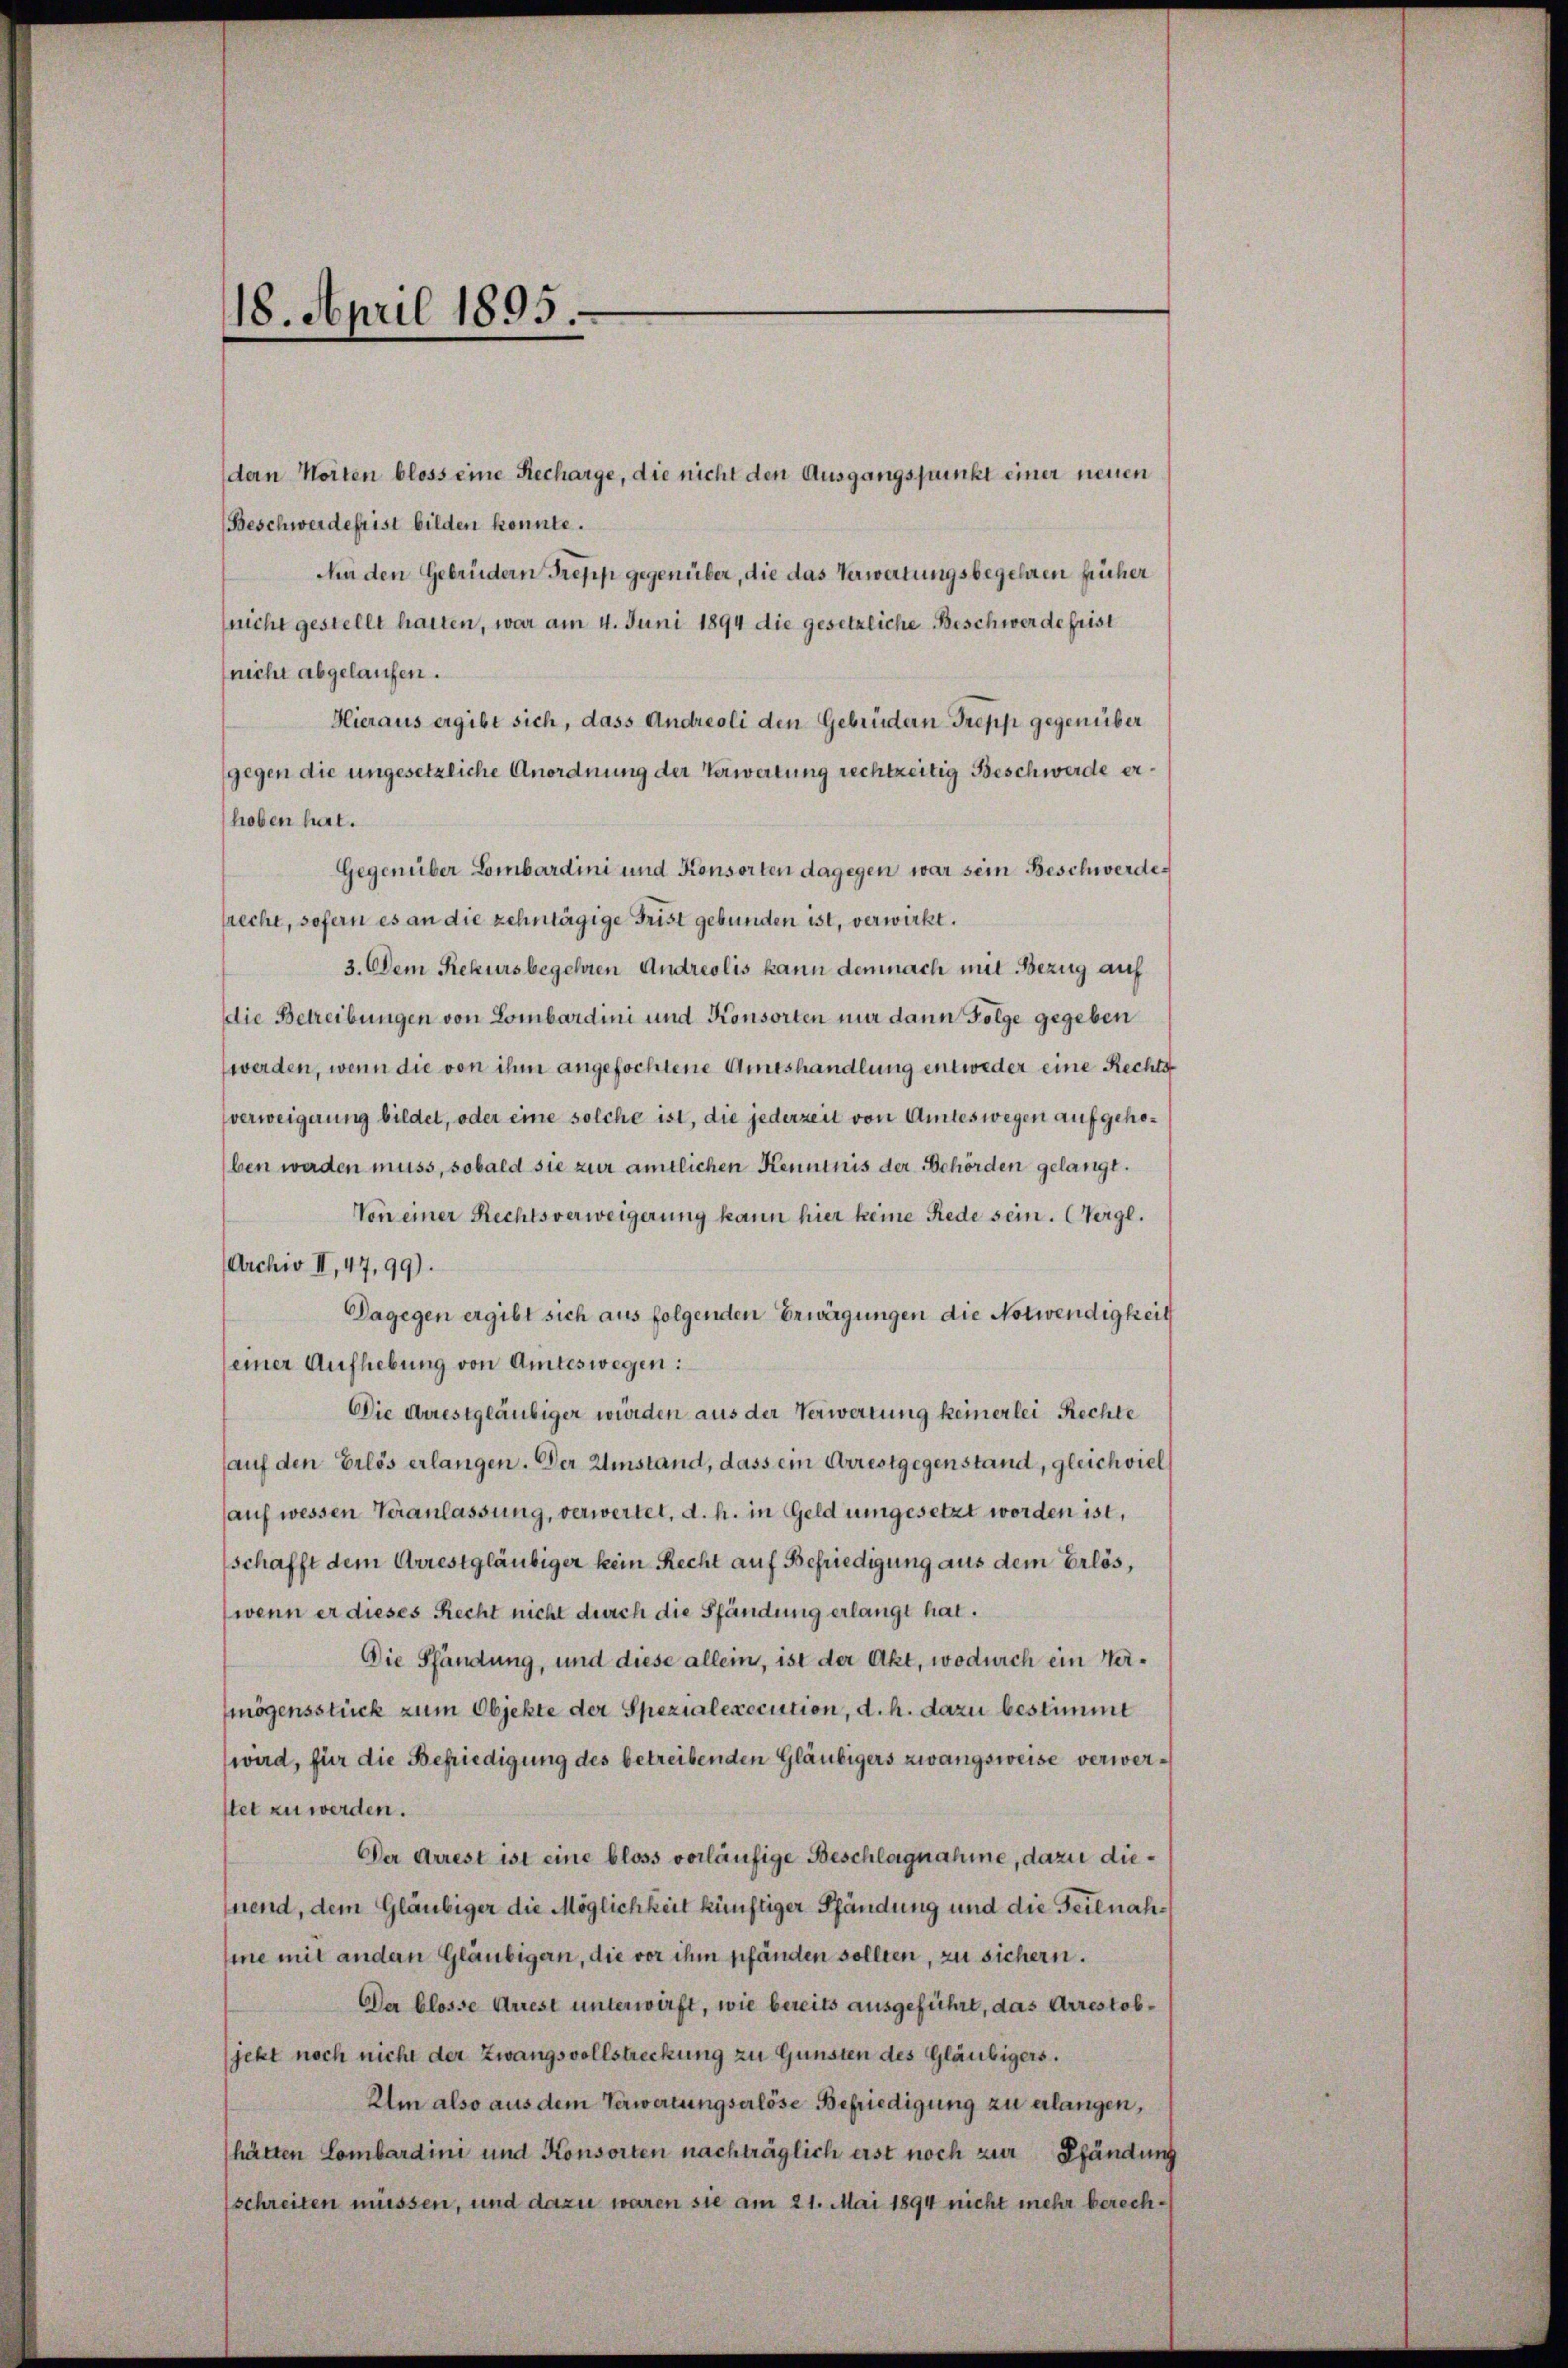
18. April 1895.

den Koiten bloss eine Recharge, die nicht den Ausgangspunkt einer neuen
Beschwerdefrist bilden konnte.
An den Gebrüdern Trepp gegenüber, die das Verwertungsbegehren früher
(nicht gestellt hatten, war am 4. Juni 1894 die gesetzliche Beschwerde frist
nicht abgelaufen.
Hieraus ergibt sich, dass Andreoli den Gebrüdern Trepp gegenüber
gegen die ungesetzliche Anordnung der Verwertung rechtzeitig Beschwerde erhoben hat.
Gegenüber Lombardini und Konsorten dagegen war sein Beschwerdesreche, sofern es an die zehntägige Frist gebunden ist, verwirkt.
3. Dem Rekursbegehren Andreolis kann demnach mit Bezug auf
die Betreibungen von Lombardini und Konsorten nur dann Folge gegeben
werden, wenn die von ihm angefochtene Amtshandlung entweder eine Rechts
verweigerung bildet, oder eine solche ist, die jederzeit von Amteswegen aufgehoben werden muss, sobald sie zur amtlichen Kenntnis der Behörden gelangt.
Von einer Rechtsverweigerung kann hier keine Rede sein. (Vergl.
Archiv II, 47, 99).
Dagegen ergibt sich aus folgenden Erwägungen die Notwendigkeit
(einer Aufhebung von Amteswegen:
Die Arrestgläubiger wurden aus der Verwertung keinerlei Rechte
(auf den Erlös erlangen. Der Umstand, dass ein Arrestgegenstand, gleichviel
auf wessen Veranlassung, verwertet, d. h. in Geld umgesetzt worden ist,
schafft dem Arrestgläubiger kein Recht auf Befriedigung aus dem Erlös,
wenn er dieses Recht nicht durch die Pfändung erlangt hat.
Die Pfändung, und diese allein, ist der Akt, wodurch ein Vermögensstück zum Objekte der Spezialexecution, d. h. dazu bestimmt
wird, für die Befriedigung des betreibenden Gläubigers zwangsweise verwerstet zu werden.
Der Arrest ist eine bloss vorläufige Beschlagnahme, dazu dienend, dem Gläubiger die Möglichkeit künftiger Pfändung und die Teilnahsie mit anden Gläubigern, die vor ihm pfänden sollten, zu sichern.
Der blosse Arrest unterwirft, wie bereits ausgeführt, das Arrestobjekt noch nicht der Zwangsvollstreckung zu Gunsten des Gläubigers.
Um also aus dem Verwertungserlöse Befriedigung zu erlangen,
hätten Lombardini und Konsorten nachträglich erst noch zur Pfändung
schreiten müssen, und dazu waren sie am 21. Mai 1894 nicht mehr berech¬